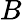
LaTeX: \textit{B}